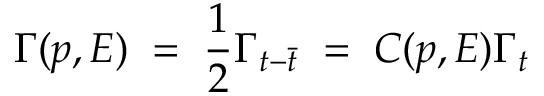
\Gamma ( p , E ) \; = \; { \frac { 1 } { 2 } } \Gamma _ { t - \bar { t } } \; = \; { \cal C } ( p , E ) \Gamma _ { t }